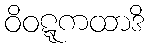
ဝိဝဋ္ဋကထာဒိ